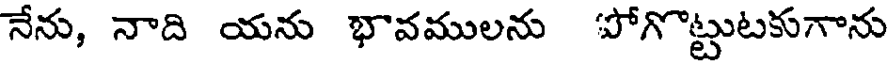
నేను, నాది యను భావములను పోగొట్టుటకుగాను